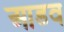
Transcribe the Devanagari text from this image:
आडव